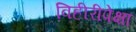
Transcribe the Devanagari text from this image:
विहीरीपेक्षा